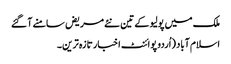
ملک میں پولیو کے تین نئے مریض سامنے آ گئے
اسلام آباد (اُردو پوائنٹ اخبار تازہ ترین۔